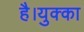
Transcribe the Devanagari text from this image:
है।युक्का